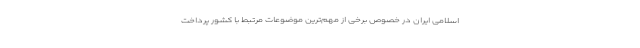
اسلامی ایران در خصوص برخی از مهم‌ترین موضوعات مرتبط با کشور پرداخت